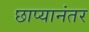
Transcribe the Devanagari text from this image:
छाप्यानंतर